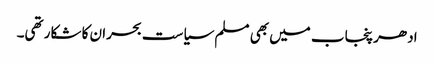
ادھر پنجاب میں بھی مسلم سیاست بحران کا شکار تھی۔